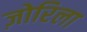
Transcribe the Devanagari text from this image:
ज़ोरिला